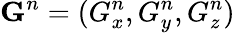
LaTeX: \mathbf{G}^{n}=(G_{x}^{n},G_{y}^{n},G_{z}^{n})